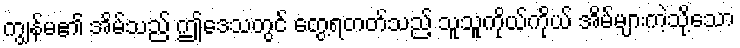
ကျွန်မ၏ အိမ်သည် ဤဒေသတွင် တွေ့ရတတ်သည့် သူသူကိုယ်ကိုယ် အိမ်များကဲ့သို့သော